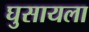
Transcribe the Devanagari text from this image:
घुसायला